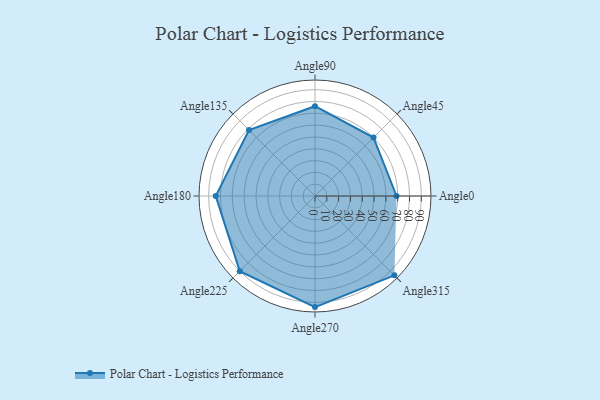
{"axis": {"x": "Angle", "y": "Radius"}, "legend": [""], "data": [{"x": "Angle0", "y": 69.0, "type": ""}, {"x": "Angle45", "y": 70.0, "type": ""}, {"x": "Angle90", "y": 76.0, "type": ""}, {"x": "Angle135", "y": 79.0, "type": ""}, {"x": "Angle180", "y": 84.0, "type": ""}, {"x": "Angle225", "y": 90.0, "type": ""}, {"x": "Angle270", "y": 94.0, "type": ""}, {"x": "Angle315", "y": 95.0, "type": ""}]}